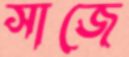
সাজে